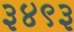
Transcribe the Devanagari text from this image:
३४९३